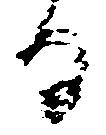
る